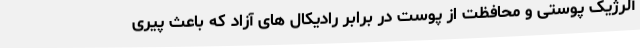
آلرژیک پوستی و محافظت از پوست در برابر رادیکال های آزاد که باعث پیری